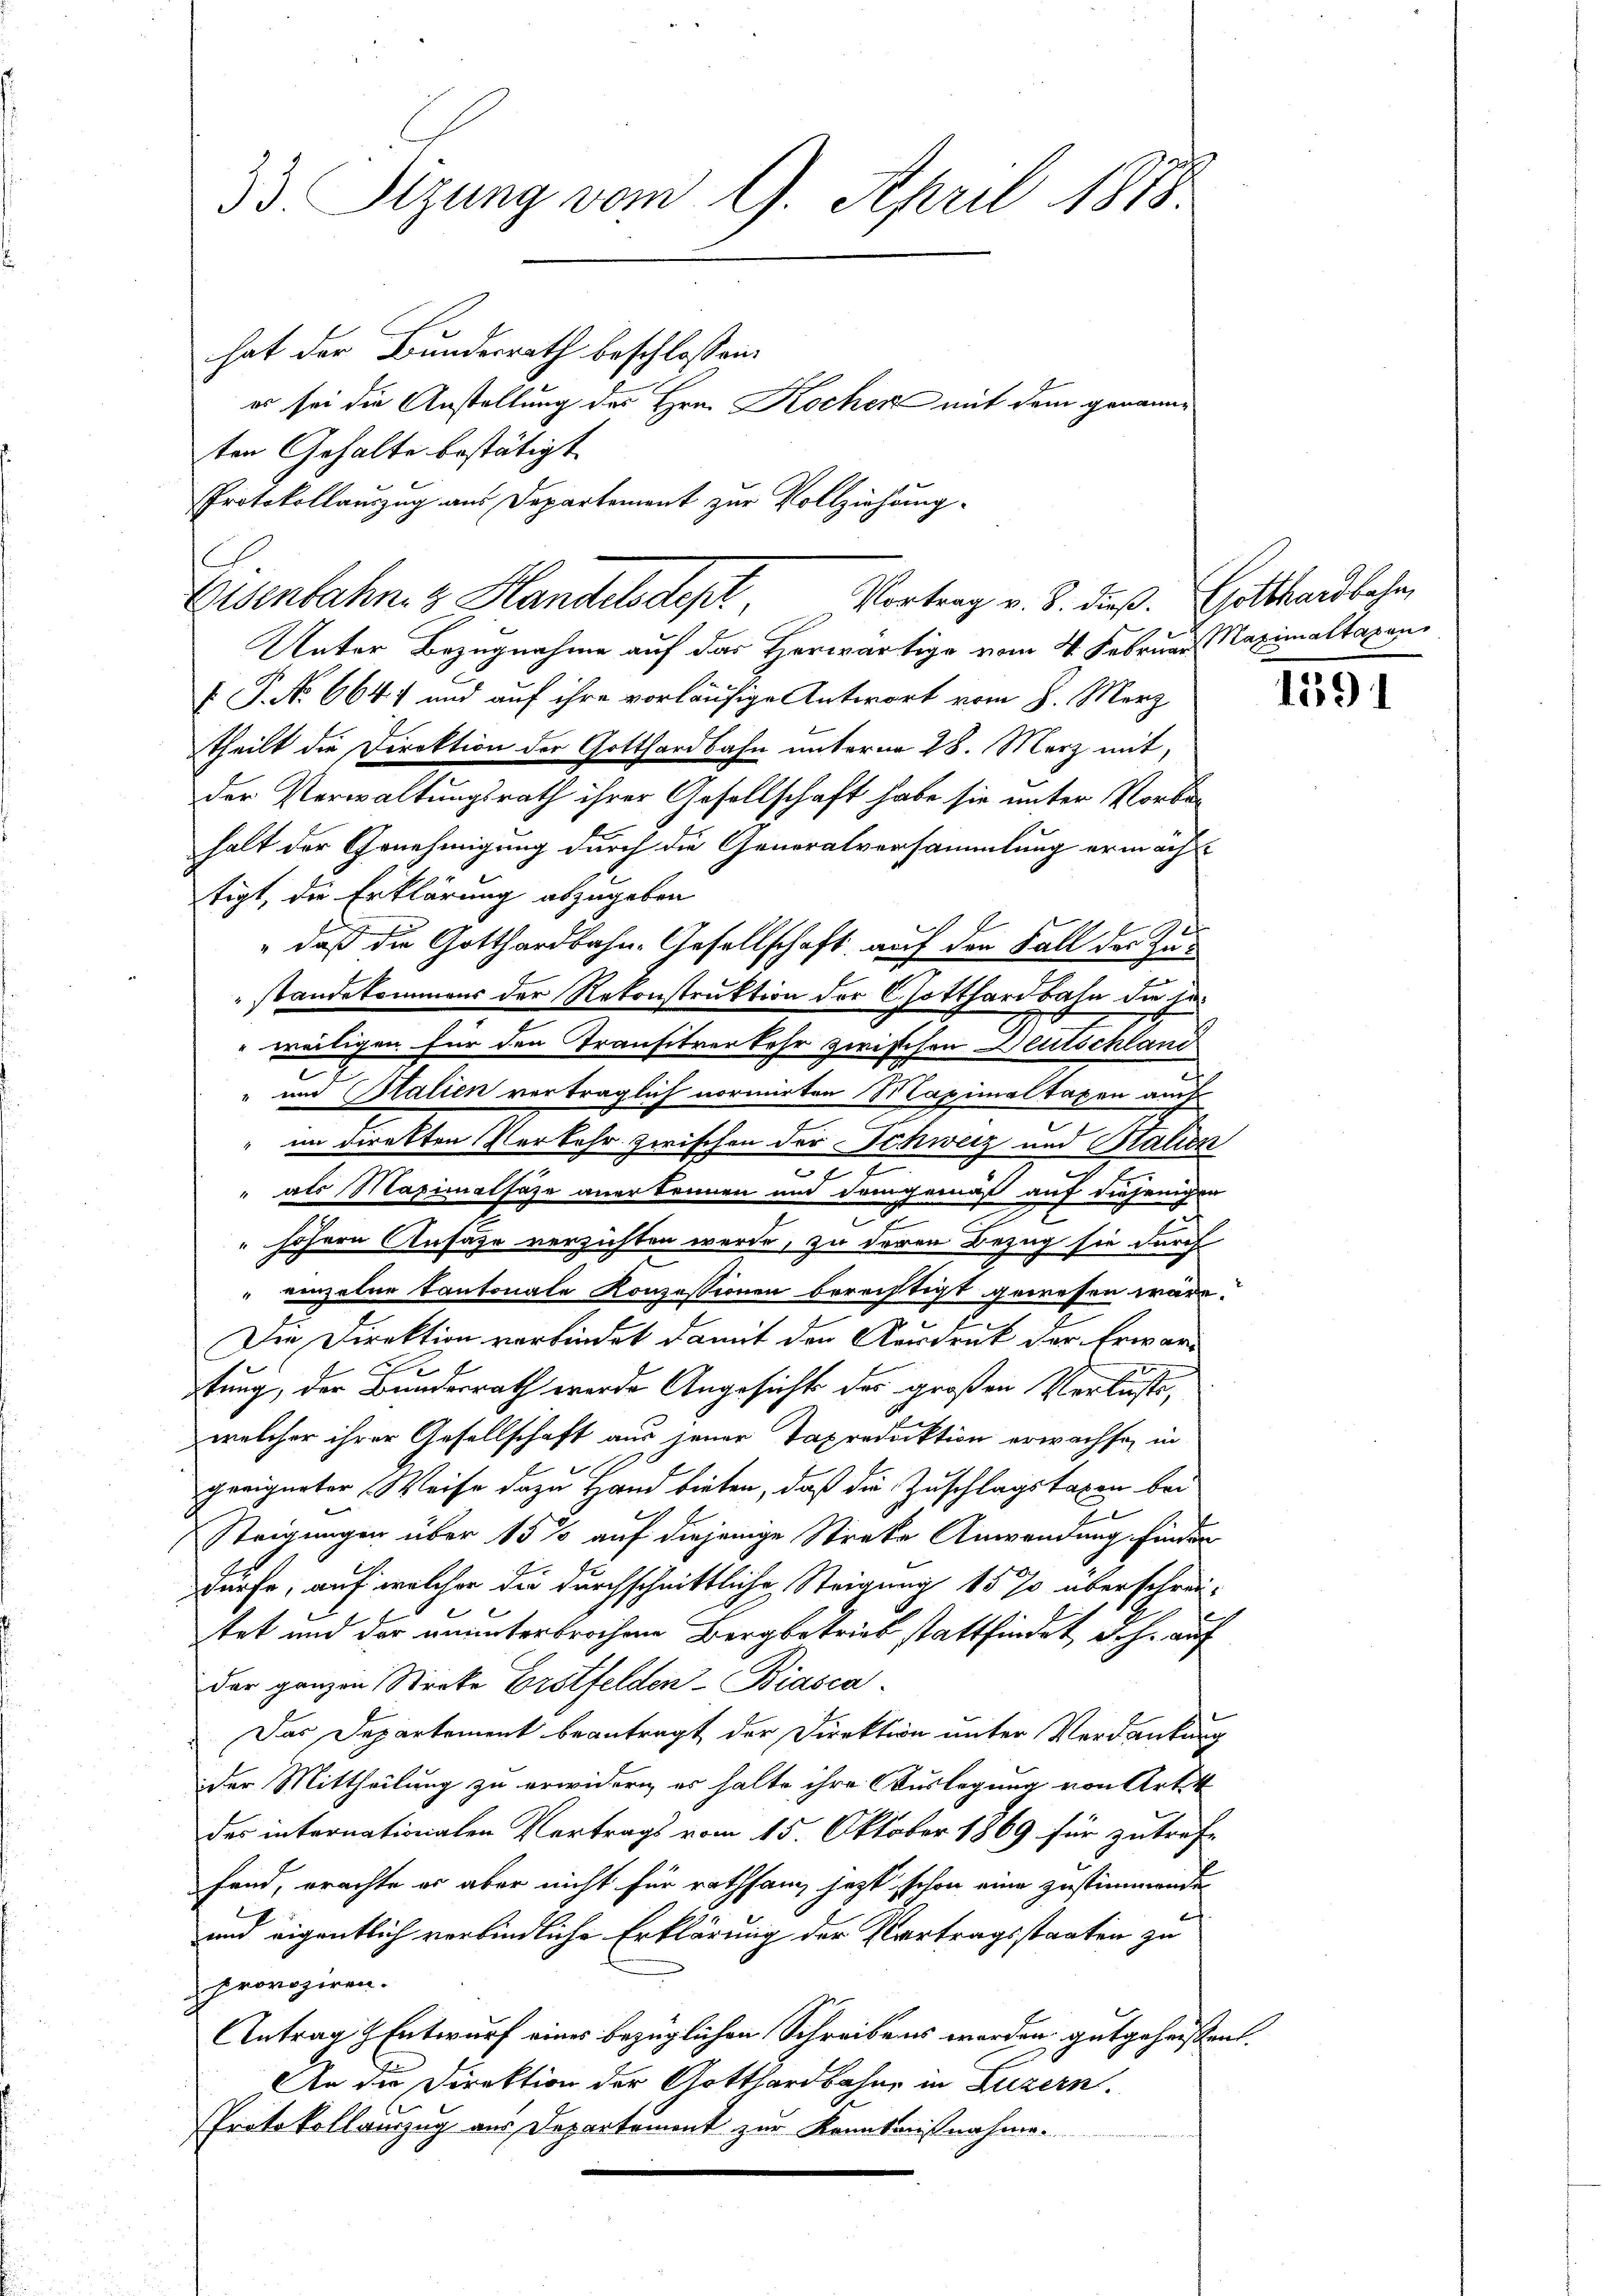
33 Sizung vom 9. April 1818.
hat der Bundesrath beschlossen:
er sei die Anstellung des Hrn. Kochen mit dem genannten Gehalte bestätigt

Protokollauszug aus Departement zur Vollziehung
Eisenbahnez Handelsdept,

Vortrag v. 8. dieß. Gotthardbahn,

Unter Bezugnahme auf das Herwärtige vom 4. Februar Nazimaltaxen
 P. No 6647 und auf ihre vorläufige Antwort vom 8. März
theilt die Direktion der Gotthardbahn unterm 28. März mit,
der Verwaltungsrath ihrer Gesellschaft habe sie unter Vorbehalt der Genehmigung durch die Generalversammlung ermächtigt, die Erklärung abzugeben
" daß die Gotthardbahn-Gesellschaft auf den Fall des Zu-
standekommens der Rekonstruktion der Gotthardbahn die leweiligen für den Transitverkehr zwischen Deutschland
c
und Halien verträglich normirten Maximaltaxen auch
im direkten Verkehr zwischen der Schweiz und Statten
27
7
als Maximalfaze anerkennen und demgemäß auf diejenigen
.
pf
" höhern Ansäße verzichten werde, zu deren Bezug sie durch
" einzelne Kantonale Konzessionen berechtigt gewesen wäre.
Die Direktion verbindet damit den Ausdruck der Erware
tung, der Bundesrath werde Angesicht des großen Verluste,
welcher ihrer Gesellschaft aus jener Taxreduktion erwachse, in
x
geeigneter Weise dazu Hand bieten, daß die Zuschlagstaxen bei
Steigungen über 15 % auf diejenige Streke Anwendung finder
dürfe, auf welcher die durchschnittliche Steigung 15 % überschrei-
tet und der ununterbrochene Bergbetrieb stattfindet, d.h. auf
der ganzen Streke Erstfelden-Biasca
Das Departement beantragt der Direktion unter Verdankung
der Mittheilung zu erwidern, er halte ihre Auslegung von Art
des internationalen Vertrags vom 15. Oktober 1869 für zutref-
fand, erachte er aber nicht für rathsam jezt schon eine zustimmende
und eigentlich verbindliche Erklärung der Vertragsstaaten zu
provoziren.
Antrag & Entwurf eines bezüglichen Schreibens worden, gutgeheissent.
An die Direktion der Gotthardbahne in Luzern.
Protokollanzug aus Departement zur Kenntnißnahme.

E

1591